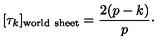
[ \tau _ { k } ] _ { \mathrm { w o r l d \ s h e e t } } = { \frac { 2 ( p - k ) } { p } } \cdotp